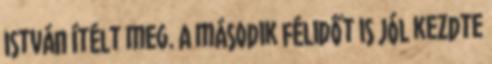
István ítélt meg. A második félidőt is jól kezdte